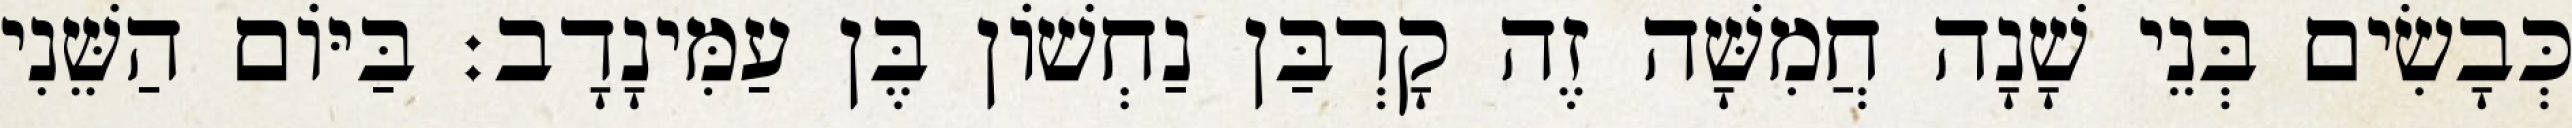
כְּבָשִׂים בְּנֵי שָׁנָה חֲמִשָּׁה זֶה קָרְבַּן נַחְשׁוֹן בֶּן עַמִּינָדָב׃ בַּיּוֹם הַשֵּׁנִי